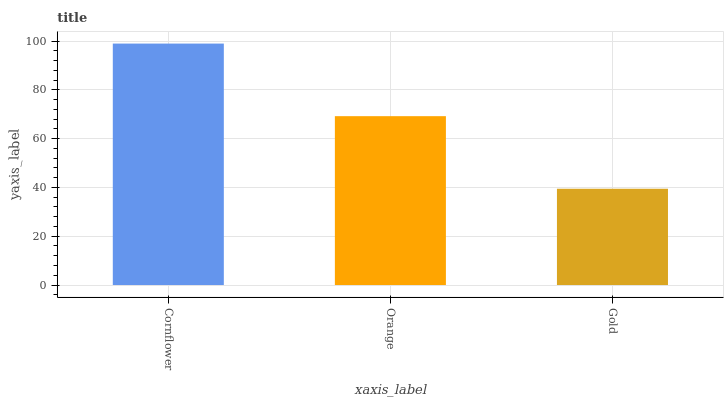
| xaxis_label | bars |
 | --- | --- |
 | Cornflower | 99 |
 | Orange | 69.2 |
 | Gold | 39.5 |